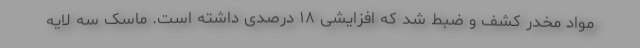
مواد مخدر کشف و ضبط شد که افزایشی ۱۸ درصدی داشته است. ماسک سه لایه